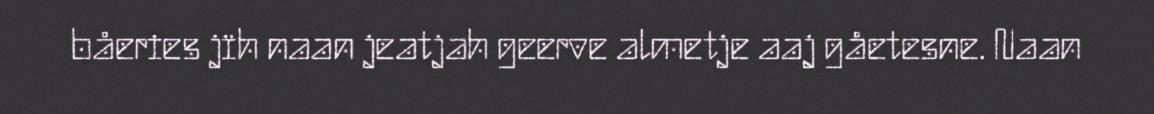
båeries jïh naan jeatjah geerve almetje aaj gåetesne. Naan